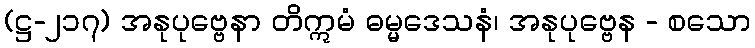
(ဋ္ဌ-၂၁၇) အနုပုဗ္ဗေနာ တိဣမံ ဓမ္မဒေသနံ၊ အနုပုဗ္ဗေန - စသော